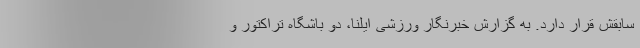
سابقش قرار دارد. به گزارش خبرنگار ورزشی ایلنا، دو باشگاه تراکتور و